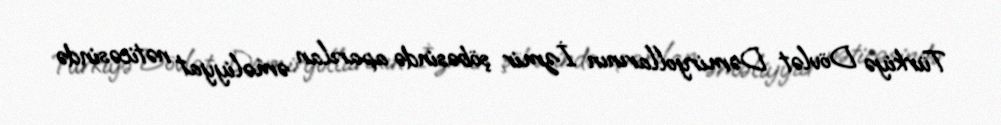
Türkiyə Dövlət Dəmiryollarının İzmir şöbəsində aparılan əməliyyat nəticəsində